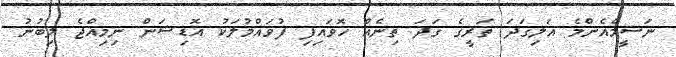
ނަސީމްއެންމެ އަލިގަދަ ތަރީގެ ގަދަ ތިނެއް ހޮވައިފި ފުވައްމުލަކު އޮޑިޝަން ނިމިއްޖެ ލިބުނު